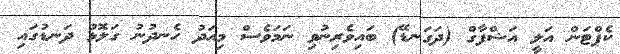
ކެޕްޓަން އަލީ އަޝްފާގް (ދަގަނޑޭ) ބައިވެރިނުވި ނަމަވެސް މިއަދު ހެނދުނު ގަލޮޅު ދަނޑުގައި